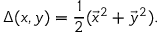
\Delta ( x , y ) = { \frac { 1 } { 2 } } ( \vec { x } ^ { 2 } + \vec { y } ^ { 2 } ) .